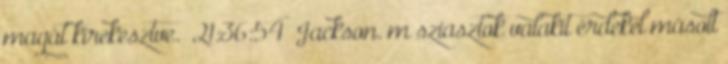
magát kirekesztve. 21:36:54 Jackson. m sziasztok valakit érdekel másolt